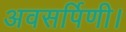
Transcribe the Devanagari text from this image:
अवसर्पिणी।